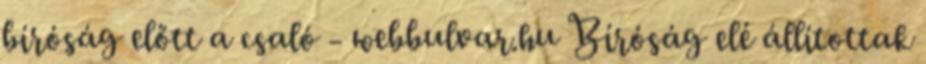
bíróság előtt a csaló - webbulvar.hu Bíróság elé állítottak